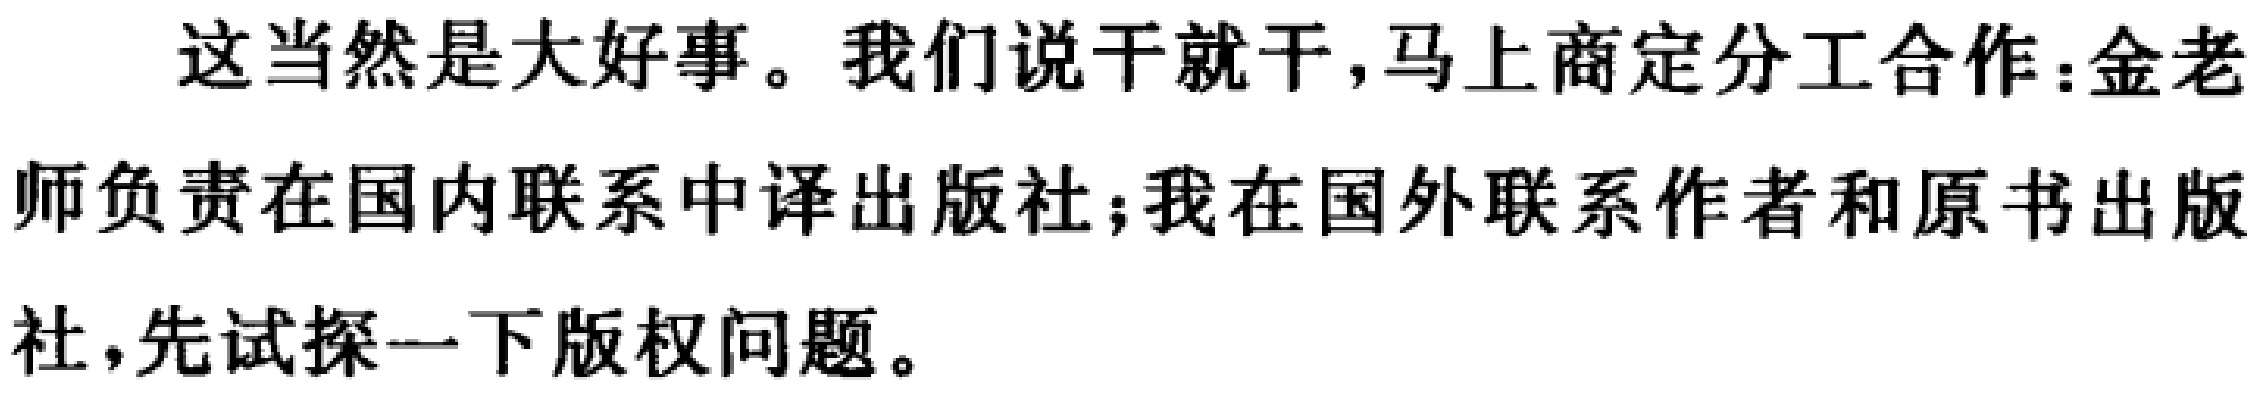
这当然是大好事。我们说干就干,马上商定分工合作:金老师负责在国内联系中译出版社;我在国外联系作者和原书出版社,先试探一下版权问题。